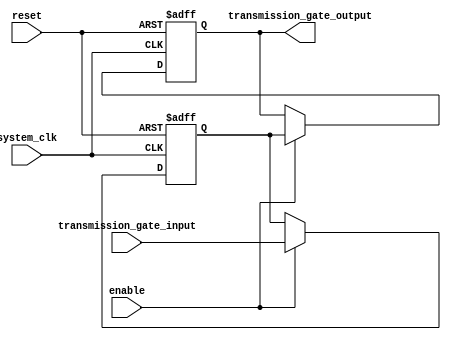
module timing_control_and_synchronization (
    input wire system_clk,
    input wire reset,
    input wire enable,
    input wire transmission_gate_input,
    output reg transmission_gate_output
);

reg internal_input;
reg internal_output;

always @(posedge system_clk or posedge reset) begin
    if (reset) begin
        internal_input <= 1'b0;
        internal_output <= 1'b0;
    end else if (enable) begin
        internal_input <= transmission_gate_input;
        internal_output <= internal_input;
    end
end

assign transmission_gate_output = internal_output;

endmodule